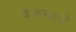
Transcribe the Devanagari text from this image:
चक्रमाती